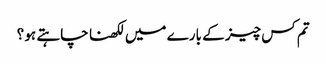
تم کس چیز کے بارے میں لکھنا چاہتے ہو ؟